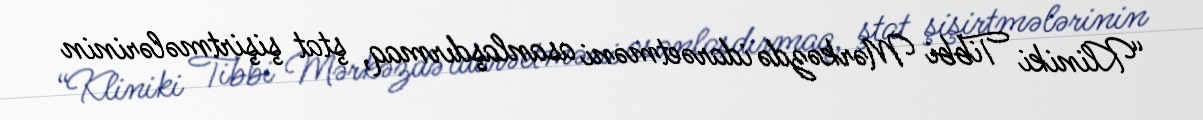
“Kliniki Tibbi Mərkəzdə idarəetməni asanlaşdırmaq, ştat şişirtmələrinin